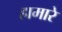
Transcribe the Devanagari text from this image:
हामारे